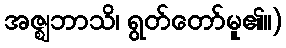
အဇ္ဈဘာသိ၊ ရွတ်တော်မူ၏။)